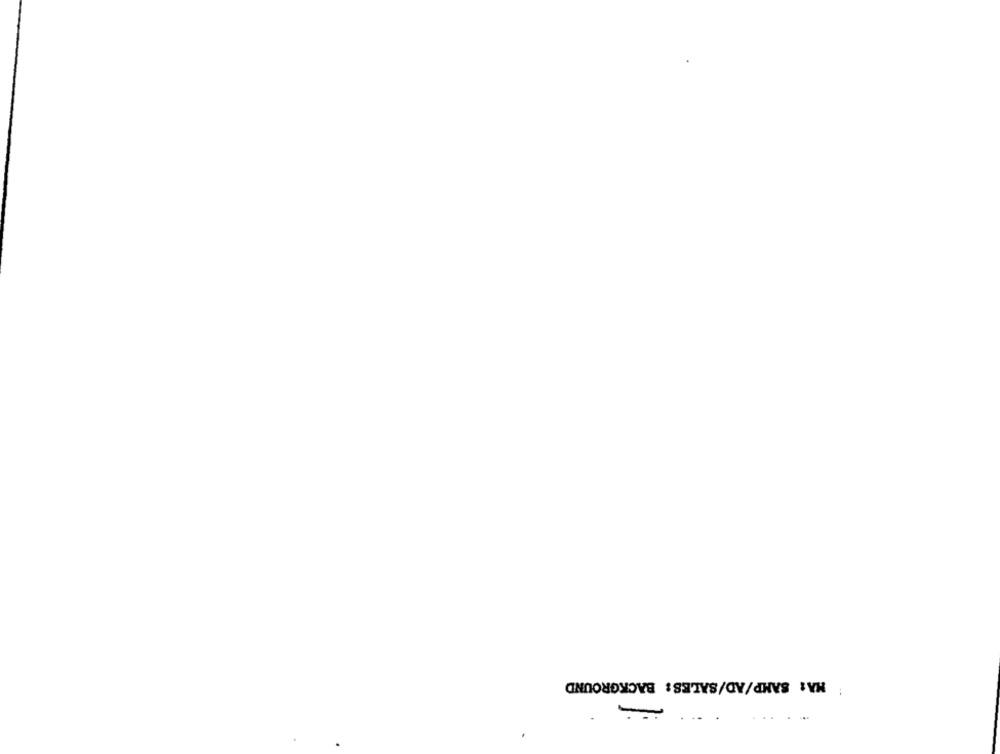
HA: SAMP/AD/SALES: BACKGROUND
. ..
.-